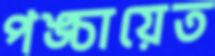
পঙ্চায়েত